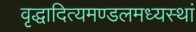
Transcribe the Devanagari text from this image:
वृद्धादित्यमण्डलमध्यस्थां